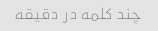
چند کلمه در دقیقه